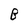
Character: B